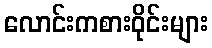
လောင်းကစားဝိုင်းများ